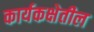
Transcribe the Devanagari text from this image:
कार्यकक्षेतील